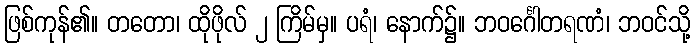
ဖြစ်ကုန်၏။ တတော၊ ထိုဖိုလ် ၂ ကြိမ်မှ။ ပရံ၊ နောက်၌။ ဘဝင်္ဂေါတရဏံ၊ ဘဝင်သို့